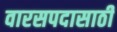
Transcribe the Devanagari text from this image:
वारसपदासाठी